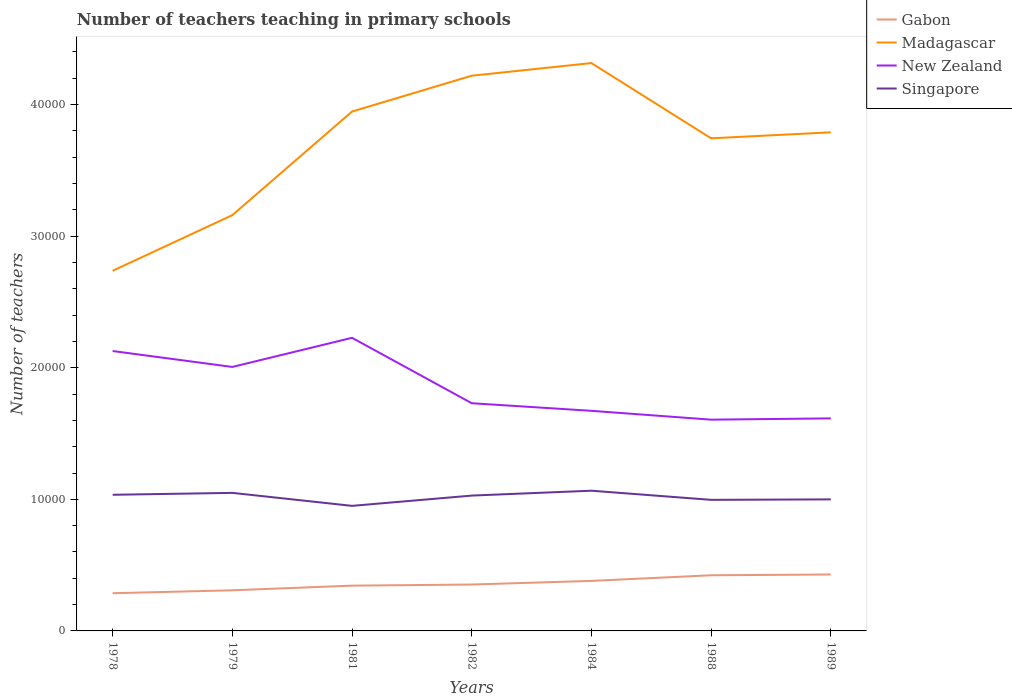
| Years | Gabon | Madagascar | New Zealand | Singapore |
 | --- | --- | --- | --- | --- |
 | 1978 | 2.87e+03 | 2.74e+04 | 2.13e+04 | 1.03e+04 |
 | 1979 | 3.09e+03 | 3.16e+04 | 2.01e+04 | 1.05e+04 |
 | 1981 | 3.44e+03 | 3.95e+04 | 2.23e+04 | 9.50e+03 |
 | 1982 | 3.53e+03 | 4.22e+04 | 1.73e+04 | 1.03e+04 |
 | 1984 | 3.8e+03 | 4.32e+04 | 1.67e+04 | 1.07e+04 |
 | 1988 | 4.23e+03 | 3.74e+04 | 1.61e+04 | 9.96e+03 |
 | 1989 | 4.29e+03 | 3.79e+04 | 1.62e+04 | 1e+04 |